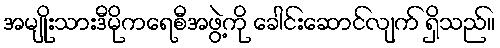
အမျိုးသားဒီမိုကရေစီအဖွဲ့ကို ခေါင်းဆောင်လျက် ရှိသည်။